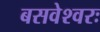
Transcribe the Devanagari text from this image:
बसवेश्वरः